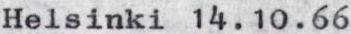
Helsinki 14.10.66